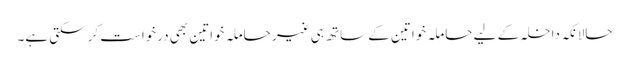
حالانکہ داخلہ کے لیے حاملہ خواتین کے ساتھ ہی غیر حاملہ خواتین بھی درخواست کر سکتی ہے۔